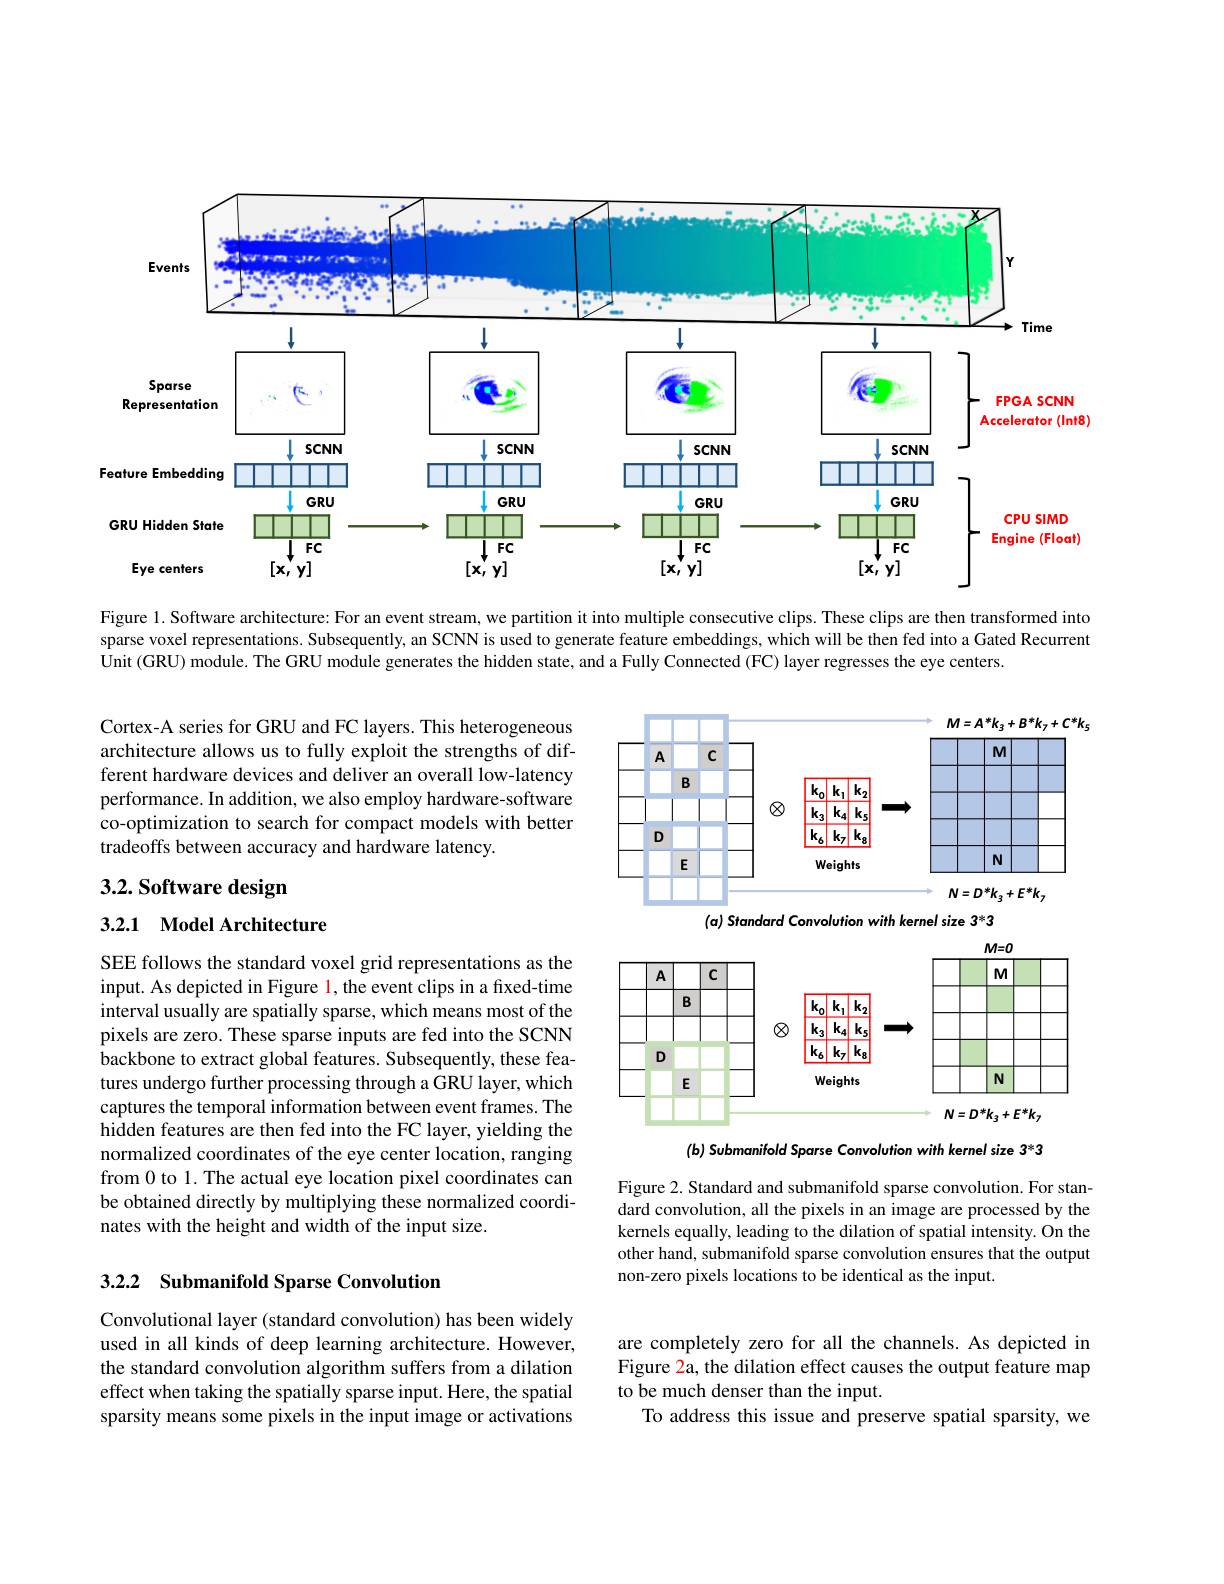
<FigureHere>
$(Int8)$

Figure 1. Software architecture: For an event stream, we partition it into multiple consecutive clips. These clips are then transformed into sparse voxel representations. Subsequently, an SCNN is used to generate feature embeddings, which will be then fed into a Gated Recurrent Unit (GRU) module. The GRU module generates the hidden state, and a Fully Connected (FC) layer regresses the eye centers.

Cortex-A series for GRU and FC layers. This heterogeneous architecture allows us to fully exploit the strengths of different hardware devices and deliver an overall low-latency performance. In addition, we also employ hardware-software co-optimization to search for compact models with better tradeoffs between accuracy and hardware latency.

<FigureHere>

# 3.2. Software design

3.2.1 Model Architecture

(a) Standard Convolution with kernel size 3*3

<FigureHere>

SEE follows the standard voxel grid representations as the input. As depicted in Figure 1, the event clips in a fixed-time interval usually are spatially sparse, which means most of the pixels are zero. These sparse inputs are fed into the SCNN backbone to extract global features. Subsequently, these features undergo further processing through a GRU layer, which captures the temporal information between event frames. The hidden features are then fed into the FC layer, yielding the normalized coordinates of the eye center location, ranging from 0 to 1. The actual eye location pixel coordinates can be obtained directly by multiplying these normalized coordinates with the height and width of the input size.

(b) Submanifold Sparse Convolution with kernel size 3*3

Figure 2. Standard and submanifold sparse convolution. For standard convolution, all the pixels in an image are processed by the kernels equally, leading to the dilation of spatial intensity. On the other hand, submanifold sparse convolution ensures that the output non-zero pixels locations to be identical as the input.

## 3.2.2 Submanifold Sparse Convolution

Convolutional layer (standard convolution) has been widely used in all kinds of deep learning architecture. However, the standard convolution algorithm suffers from a dilation effect when taking the spatially sparse input. Here, the spatial sparsity means some pixels in the input image or activations

are completely zero for all the channels. As depicted in Figure 2a, the dilation effect causes the output feature map to be much denser than the input.
To address this issue and preserve spatial sparsity, we